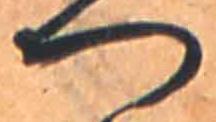
つ